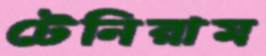
টেনিরাম